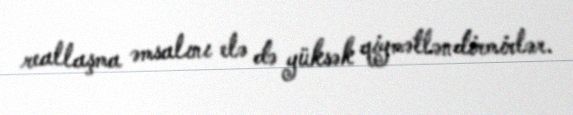
reallaşma əmsalını elə də yüksək qiymətləndirmirlər.